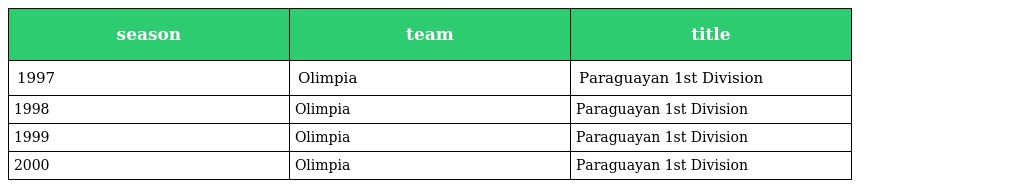
| season | team | title |
 | --- | --- | --- |
 | 1997 | Olimpia | Paraguayan 1st Division |
 | 1998 | Olimpia | Paraguayan 1st Division |
 | 1999 | Olimpia | Paraguayan 1st Division |
 | 2000 | Olimpia | Paraguayan 1st Division |